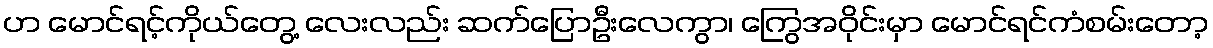
ဟ မောင်ရင့်ကိုယ်တွေ့ လေးလည်း ဆက်ပြောဦးလေကွာ၊ ကြွေအဝိုင်းမှာ မောင်ရင်ကံစမ်းတော့